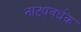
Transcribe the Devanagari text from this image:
नाट्यवर्धक